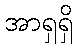
အာရှရှိ